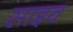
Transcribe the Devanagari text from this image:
साइव